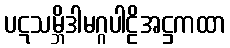
ပဋသမ္ဘိဒါမဂ္ဂပါဠိအဋ္ဌကထာ